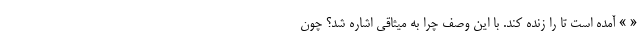
« » آمده است تا را زنده کند. با این وصف چرا به میثاقی اشاره شد؟ چون